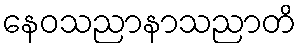
နေဝသညာနာသညာတိ